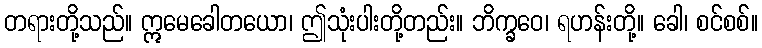
တရားတို့သည်။ ဣမေခေါတယော၊ ဤသုံးပါးတို့တည်း။ ဘိက္ခဝေ၊ ရဟန်းတို့။ ခေါ၊ စင်စစ်။